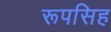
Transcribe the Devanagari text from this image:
रूपसिह